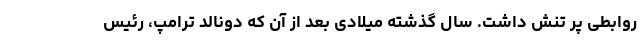
روابطی پر تنش داشت. سال گذشته میلادی بعد از آن که دونالد ترامپ، رئیس